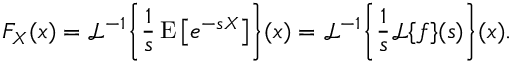
F _ { X } ( x ) = { \mathcal { L } } ^ { - 1 } \! \left\{ { \frac { 1 } { s } } \operatorname { E } \left[ e ^ { - s X } \right] \right\} \! ( x ) = { \mathcal { L } } ^ { - 1 } \! \left\{ { \frac { 1 } { s } } { \mathcal { L } } \{ f \} ( s ) \right\} \! ( x ) .